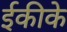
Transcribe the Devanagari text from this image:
ईकीके